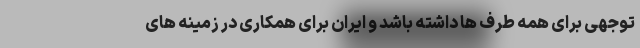
توجهی برای همه طرف ها داشته باشد و ایران برای همکاری در زمینه های